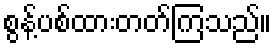
စွန့်ပစ်ထားတတ်ကြသည်။